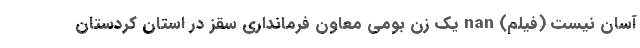
آسان نیست (فیلم) nan یک زن بومی معاون فرمانداری سقز در استان کردستان